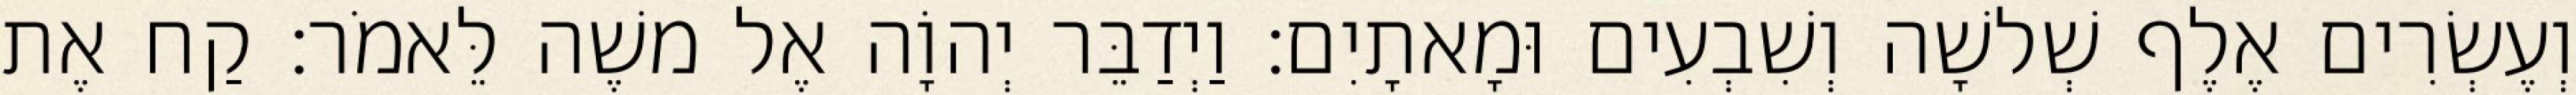
וְעֶשְׂרִים אֶלֶף שְׁלשָׁה וְשִׁבְעִים וּמָאתָיִם׃ וַיְדַבֵּר יְהוָֹה אֶל משֶׁה לֵּאמֹר׃ קַח אֶת